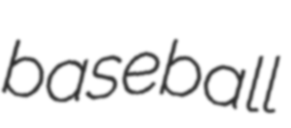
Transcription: baseball